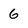
Character: 6